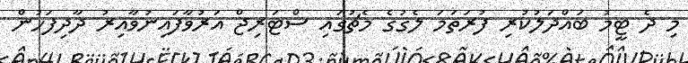
މި ދެ ޓީމު ބައްދަލުކުރި ފުރަތަމަ ލެގުގެ މެޗުގައި ސްޓަރިޖް އަރުވާފައިނުވާއިރު ދާދިފަހުން